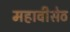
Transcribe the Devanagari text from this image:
महावीसेठ